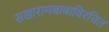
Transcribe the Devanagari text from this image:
सखारामबाबाविरचित